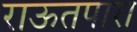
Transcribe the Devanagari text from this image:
राऊतपारा